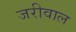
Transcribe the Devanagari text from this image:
जरीवाल